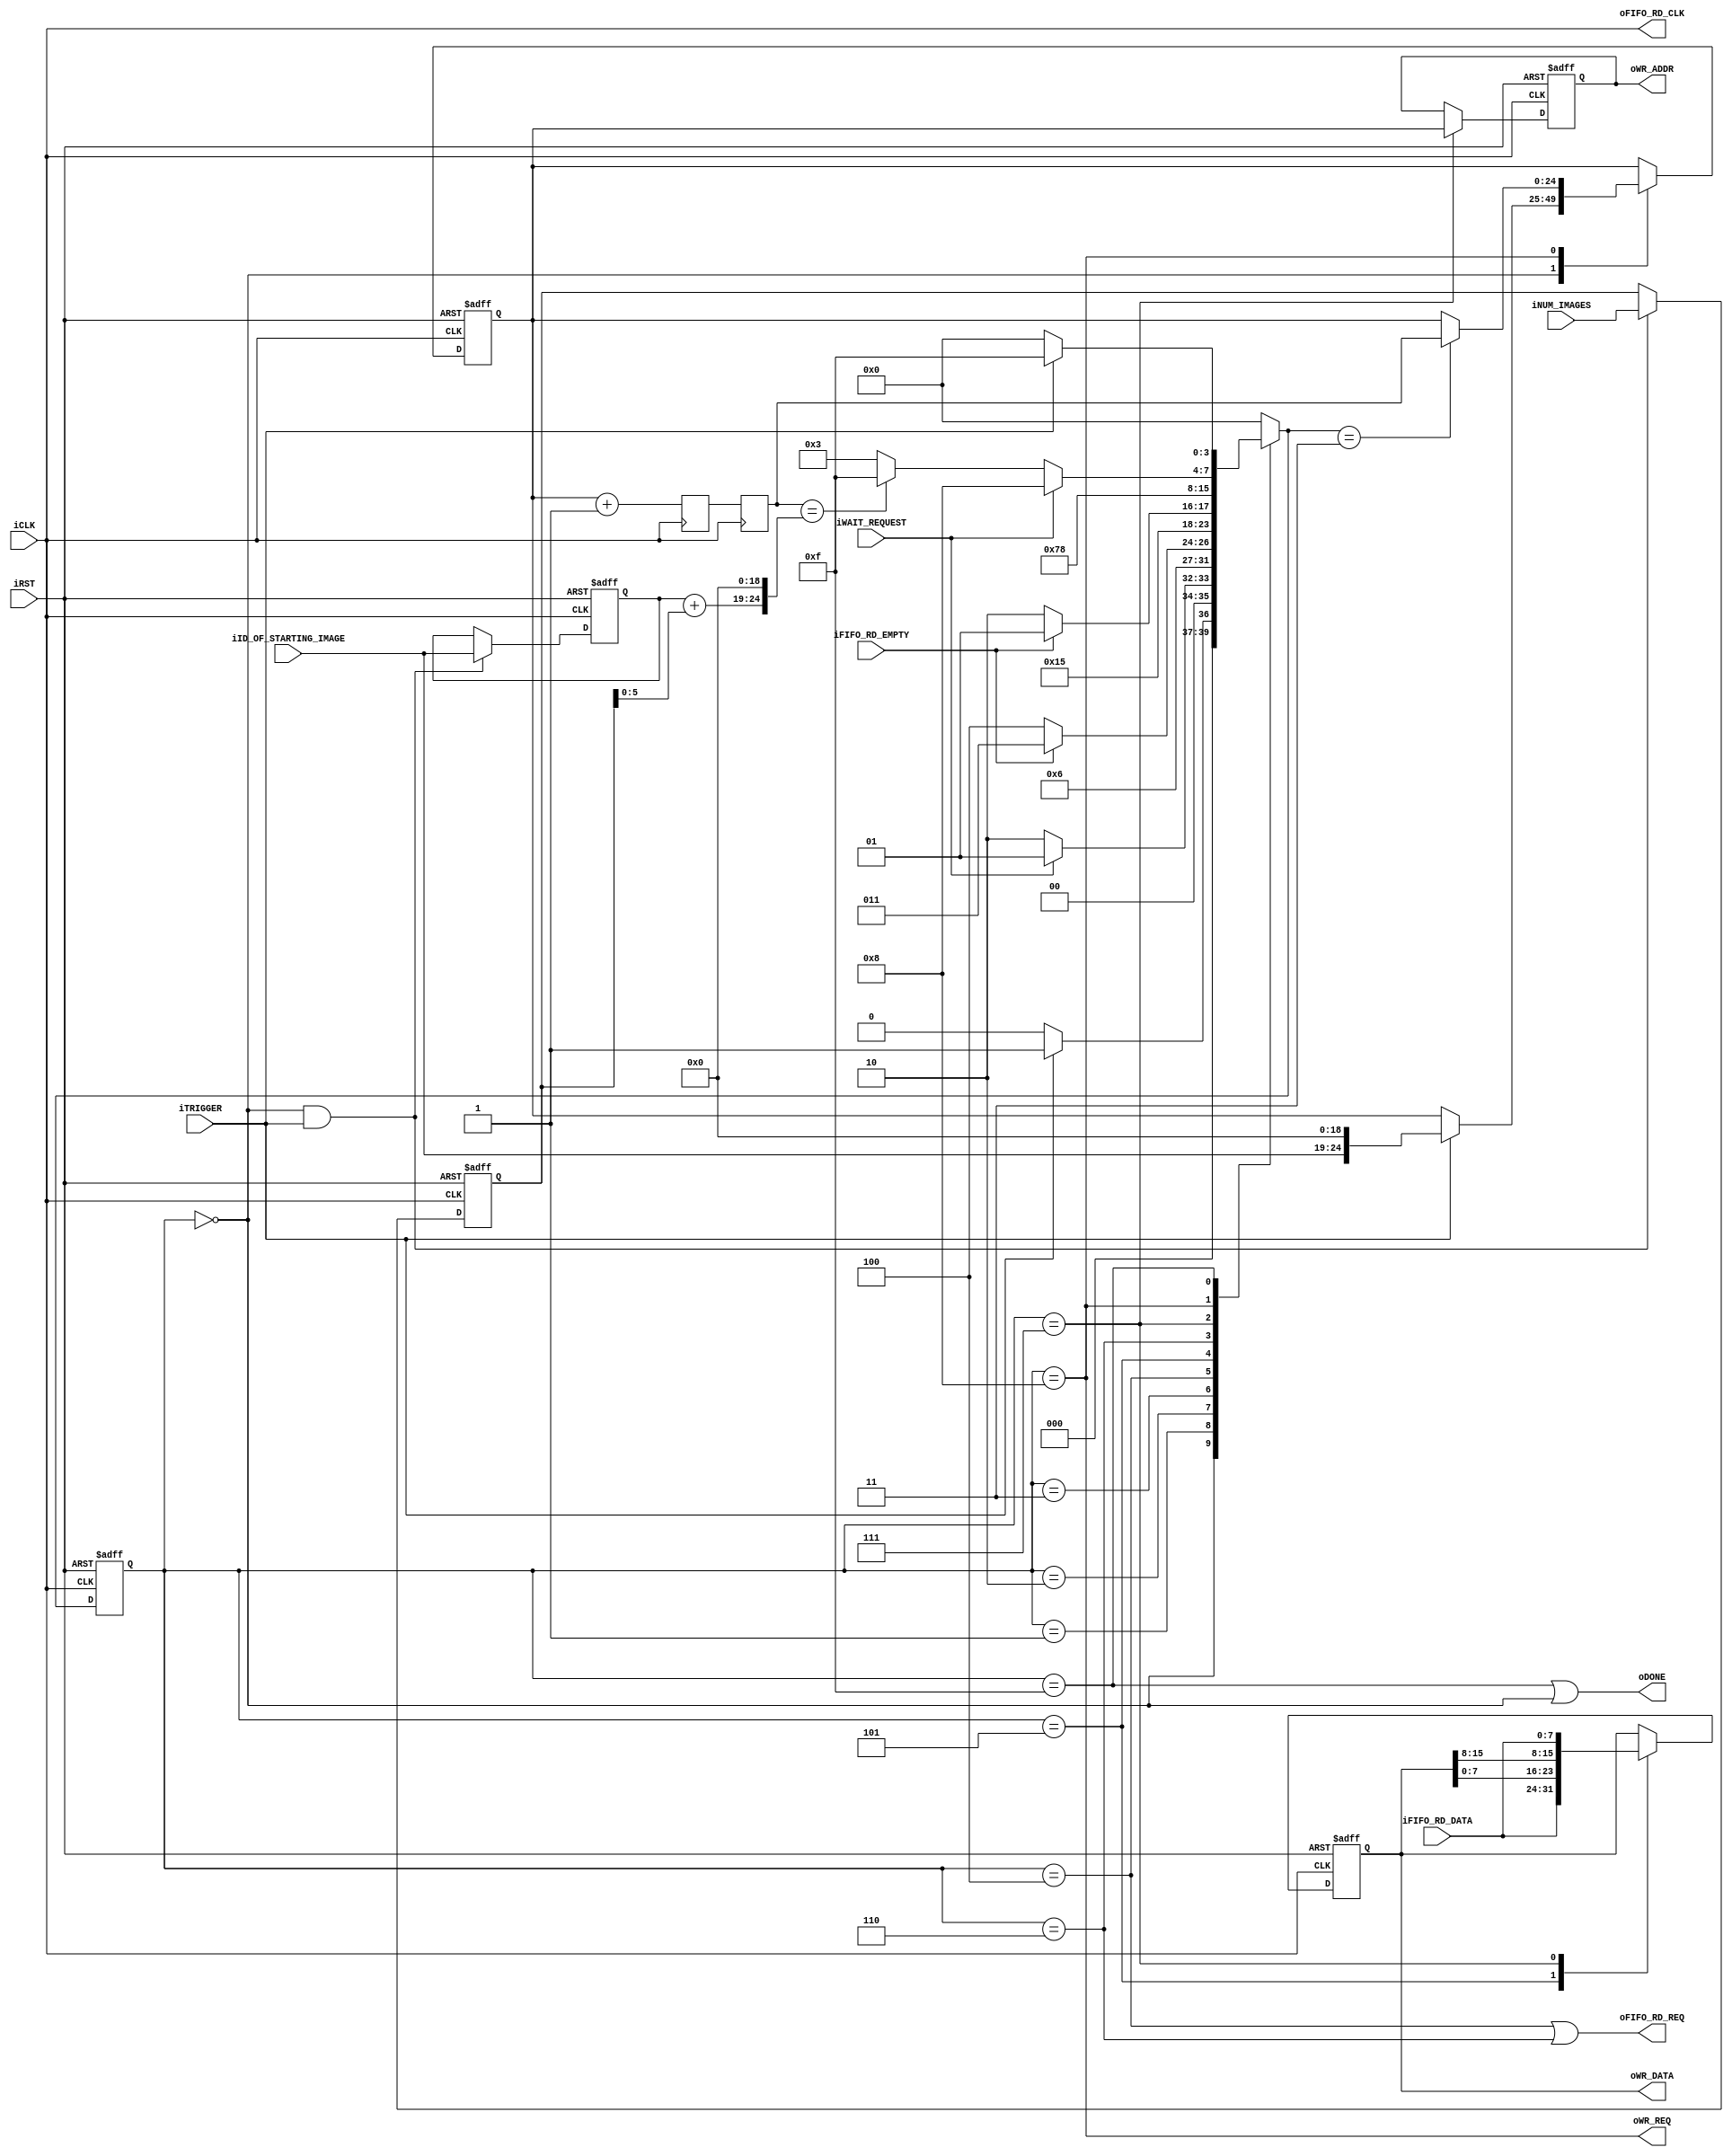
module write_to_sdram(
	input         iCLK,
	input         iRST,

	input         iTRIGGER,
    
    // SDRAM Avalon signals
	input         iWAIT_REQUEST,
	output        oWR_REQ,
	output [15:0] oWR_DATA,
	output [24:0] oWR_ADDR,
	output        oDONE,
    
    // signals from the FIFO that contains data_out
    output        oFIFO_RD_CLK,
    output        oFIFO_RD_REQ,
    input  [7:0]  iFIFO_RD_DATA,
    input         iFIFO_RD_EMPTY,
    input  [6:0]  iNUM_IMAGES,
    input  [5:0]  iID_OF_STARTING_IMAGE
);
/*
Writing byte patterns into the SDRAM from a FIFO that is populated by JTAG-
UART communization module.
*/

// states
parameter ST_IDLE           = 4'd0;
parameter ST_WAIT_WAITREQ_0 = 4'd1;
parameter ST_WAIT_WAITREQ_1 = 4'd2;
parameter ST_READ0_WAITDATA = 4'd3;
parameter ST_READ0_REQUEST  = 4'd4;
parameter ST_READ1_WAITDATA = 4'd5;
parameter ST_READ1_REQUEST  = 4'd6;
parameter ST_READ_COMBINE   = 4'd7;
parameter ST_WRITE_REQ      = 4'd8;
parameter ST_DONE_AND_WAIT  = 4'd15;

parameter state_following_ST_READ0_REQUEST = ST_READ1_WAITDATA;
parameter state_following_ST_READ1_REQUEST = ST_READ_COMBINE;

// local signals
reg  [3:0]  states, states_next;
reg  [24:0] counter, counter_next, r0_counter_p1, r1_counter_p1;
reg  [15:0] data_out, data_out_next;
reg  [24:0] addr, addr_next;
wire        is_data_ready;
wire [7:0]  data_in;

reg  [6:0]  num_images, num_images_next;
reg  [5:0]  starting_image_id, starting_image_id_next;
wire        is_last_data;


// =======================================
//  Main
// =======================================
assign oWR_ADDR = addr;
assign oWR_REQ = (states == ST_WRITE_REQ);
assign oWR_DATA = data_out;
assign oDONE = (states == ST_DONE_AND_WAIT) || (states == ST_IDLE);

assign is_data_ready = !iFIFO_RD_EMPTY;
assign data_in = iFIFO_RD_DATA;
assign oFIFO_RD_REQ = (states == ST_READ0_REQUEST) || (states == ST_READ1_REQUEST);
assign oFIFO_RD_CLK = iCLK;
assign is_last_data = (r1_counter_p1 == {starting_image_id+num_images[5:0], 19'd0});


// states_next
always @ (*)
case(states)
	// idle
	ST_IDLE:            states_next = (iTRIGGER)? ST_WAIT_WAITREQ_0 : ST_IDLE;
	ST_WAIT_WAITREQ_0:  states_next = (iWAIT_REQUEST)? ST_WAIT_WAITREQ_0 : ST_WAIT_WAITREQ_1;
	ST_WAIT_WAITREQ_1:  states_next = ST_READ0_WAITDATA;
	ST_READ0_WAITDATA:  states_next = (is_data_ready)? ST_READ0_REQUEST : ST_READ0_WAITDATA;
    ST_READ0_REQUEST:   states_next = ST_READ1_WAITDATA;
    ST_READ1_WAITDATA:  states_next = (is_data_ready)? ST_READ1_REQUEST : ST_READ1_WAITDATA;
    ST_READ1_REQUEST:   states_next = ST_READ_COMBINE;
    ST_READ_COMBINE:    states_next = ST_WRITE_REQ;
	
	// ST_WRITE_REQ: send write request
	ST_WRITE_REQ: begin
		if(iWAIT_REQUEST)
			states_next = ST_WRITE_REQ;
		else begin
			if(is_last_data)
				states_next = ST_DONE_AND_WAIT;
			else
				states_next = ST_READ0_WAITDATA;
		end
	end

	ST_DONE_AND_WAIT:   states_next = (!iTRIGGER)? ST_IDLE : ST_DONE_AND_WAIT;  //  wait until the end of trigger signal
	
	default:            states_next = ST_IDLE;
endcase


// counter_next, addr_next, r0_counter_p1, r1_counter_p1
always @ (*) begin
	case(states)
        ST_IDLE:            counter_next = (iTRIGGER)? {iID_OF_STARTING_IMAGE, 19'd0} : counter;
		ST_WRITE_REQ:       counter_next = (states_next==ST_READ0_WAITDATA)? r1_counter_p1 : counter;  // r1_counter_p1 is a retarded (counter + 1)
		default:            counter_next = counter;
	endcase
    
    case(states)
        ST_READ_COMBINE:    addr_next = counter;
        default:            addr_next = addr;
    endcase
    
    if(states==ST_IDLE && iTRIGGER) begin
        starting_image_id_next = iID_OF_STARTING_IMAGE;
        num_images_next = iNUM_IMAGES;
    end
    else begin
        starting_image_id_next = starting_image_id;
        num_images_next = num_images;
    end
end
always @ (posedge iCLK) begin
    r0_counter_p1 <= counter + 1'b1;
    r1_counter_p1 <= r0_counter_p1;
end


// data_out_next
always @ (*) begin
	case(states)
        // the state following ST_READ0_REQUEST
		state_following_ST_READ0_REQUEST:  data_out_next = {data_in,        data_out[7:0]};
        state_following_ST_READ1_REQUEST:  data_out_next = {data_out[15:8], data_in      };
		default:                           data_out_next = data_out;
	endcase
end




// sequential part
always @ (posedge iRST or posedge iCLK) begin
	if(iRST) begin
		states <= ST_IDLE;
		counter <= 25'd0;
        addr <= 25'd0;
		data_out <= 0;
        starting_image_id <= 0;
        num_images <= 0;
	end
	else begin
		states <= states_next;
		counter <= counter_next;
        addr <= addr_next;
		data_out <= data_out_next;
        starting_image_id <= starting_image_id_next;
        num_images <= num_images_next;
	end
end

endmodule